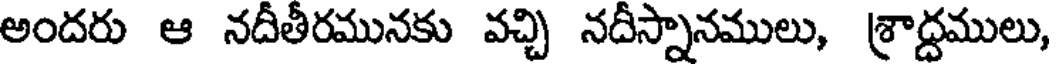
అందరు ఆ నదీతీరమునకు వచ్చి నదీస్నానములు, శ్రాద్దములు,